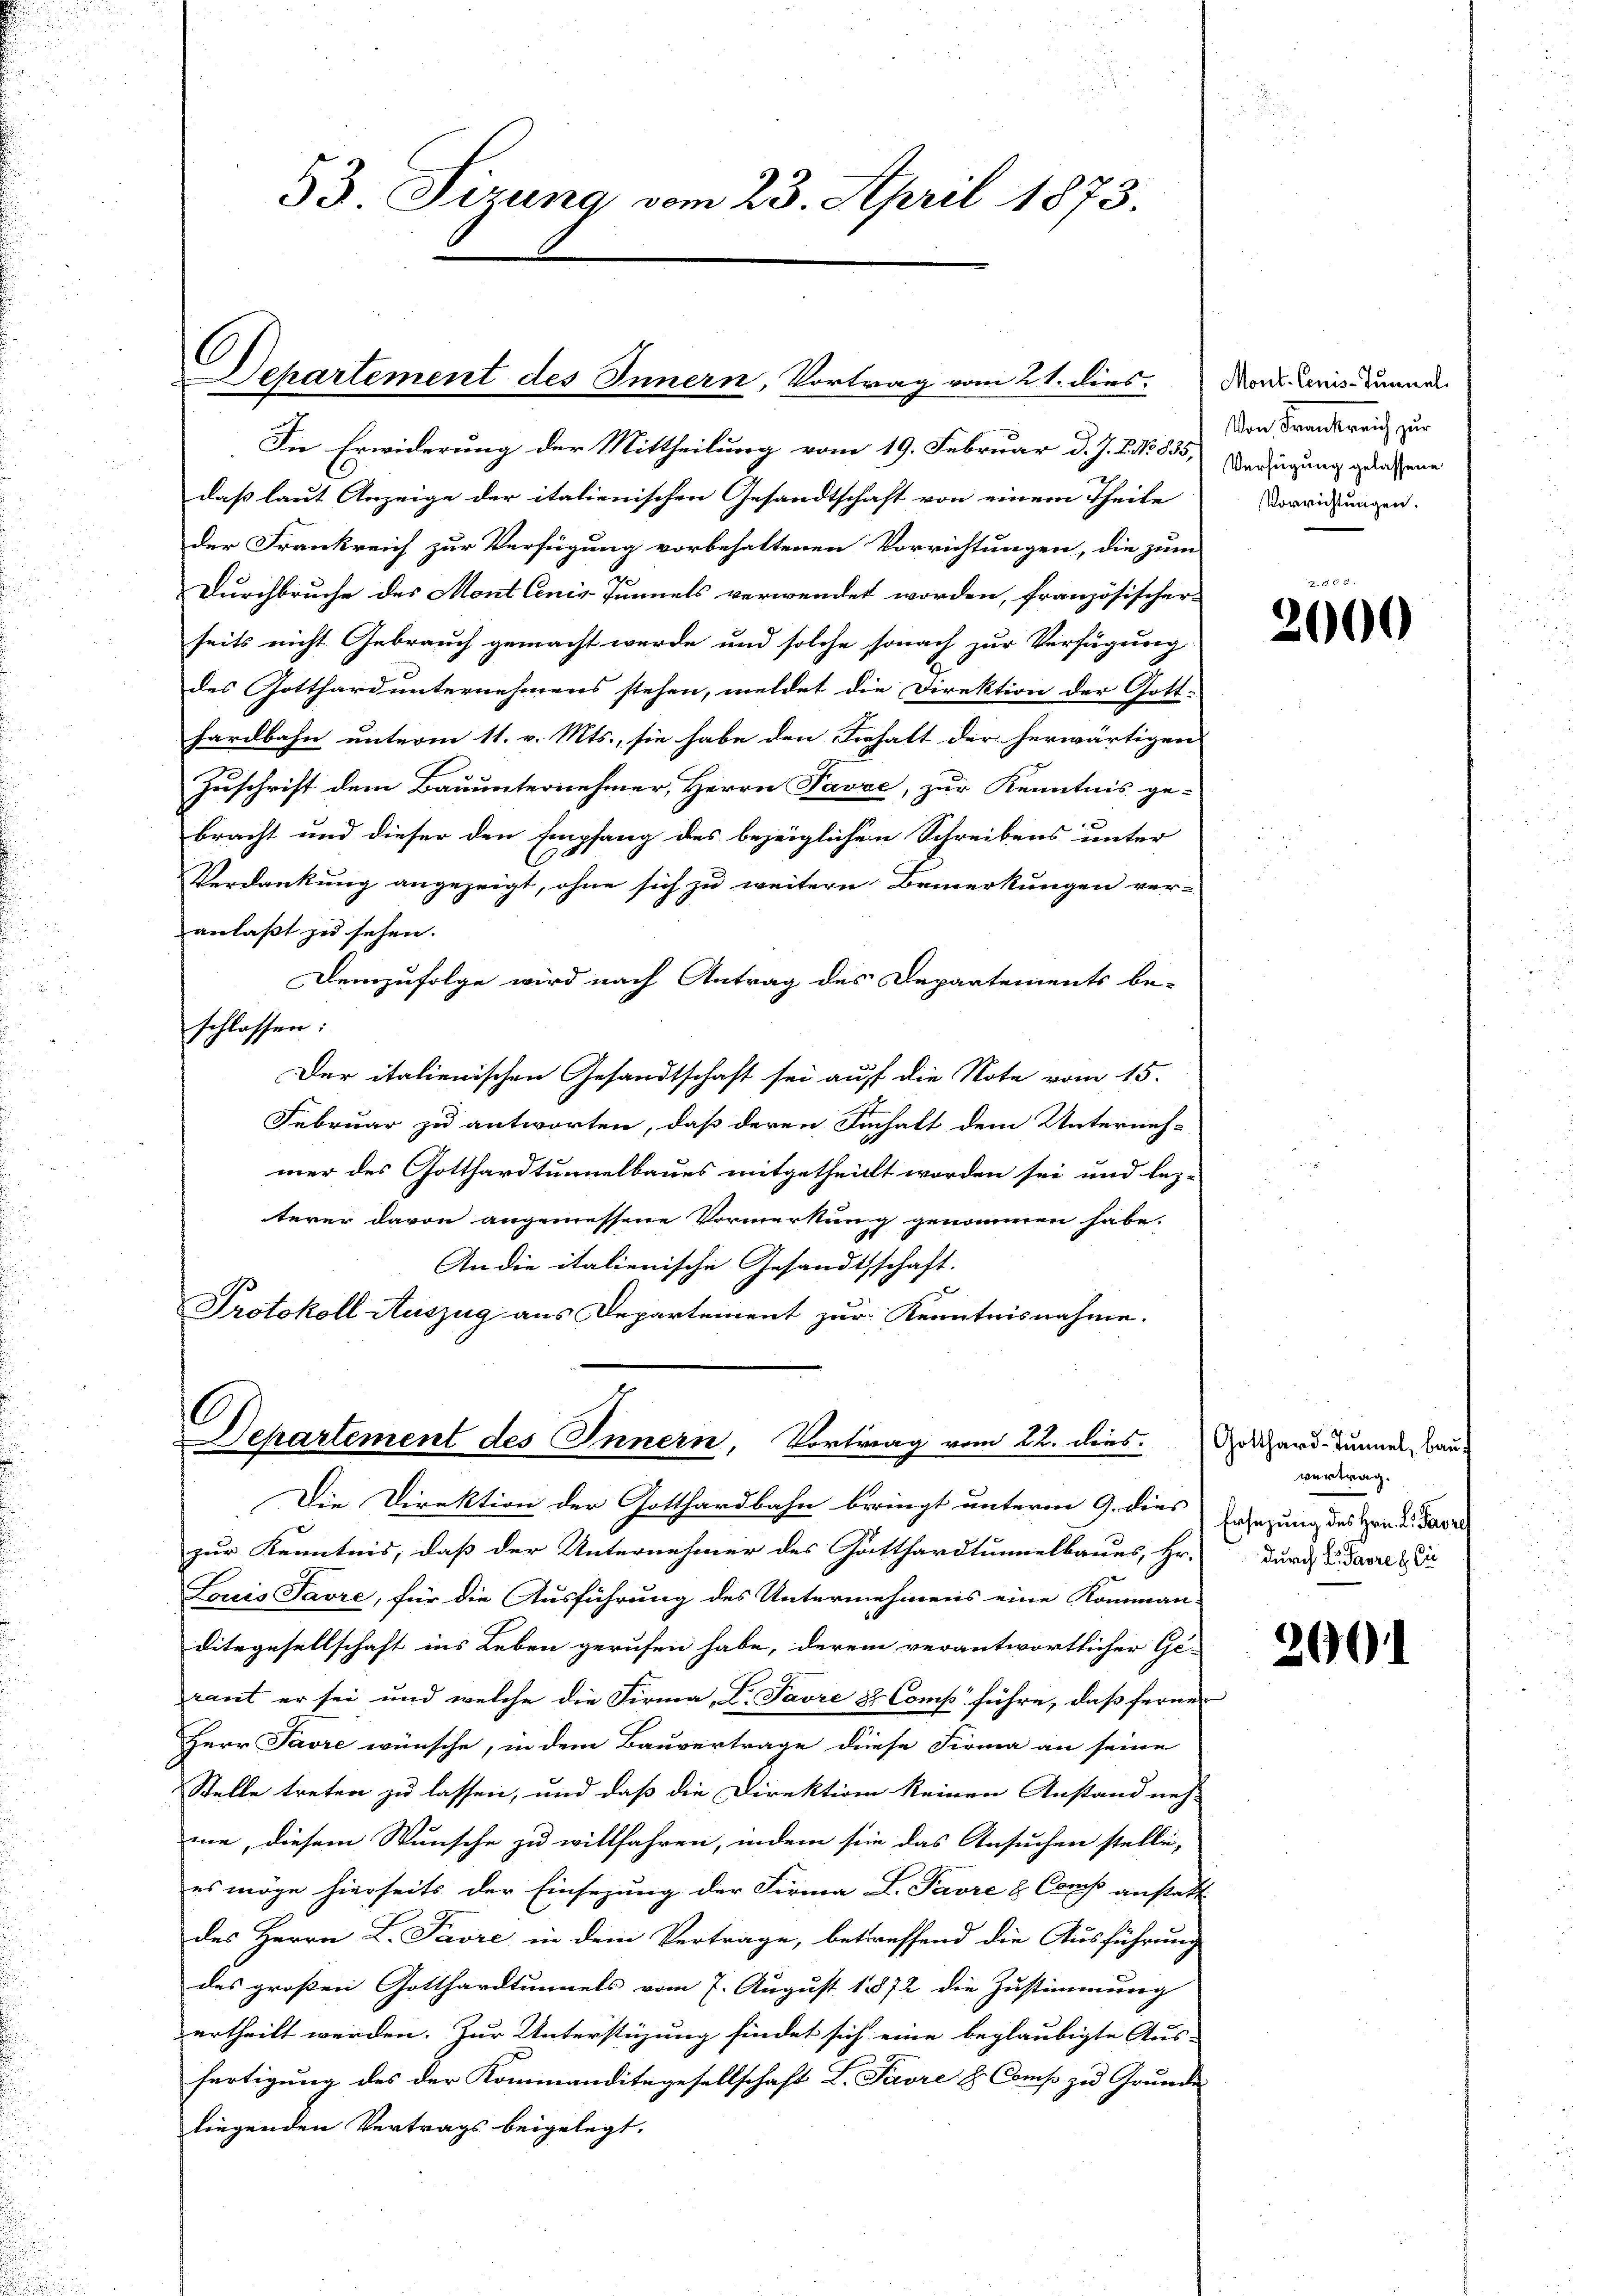
53. Sizung vom 23. April 1873.

Separtement des Innern, Vortrag vom 21. dies Mont renis donnel

In Erwiderung der Mittheilung vom 19. Februar d. J. C. No 835,
daß laut Anzeige der italienischen Gesandtschaft von einem Theile
der Frankreich zur Verfügung vorbehaltenen Vorrichtungen, die zum
Durchbruche des Mont Conis Tunnels verwendet worden, französischer-
seits nicht Gebrauch gemacht werde und solche sonach zur Verfügung
des Gotthard unternehmens stehen, meldet die Direktion der Gott-
hardbahn unterm 11. v. Mts., sie habe den Inhalt der herwärtigen
Zuschrift dem Bauunternehmer, Herrn Favre, zur Kenntnis ge-
bracht und dieser den Empfang des bezeiglichen Schreibens unter
Verdankung angezeigt, ohne sich zu weitern Bemerkungen ver-
anlaßt zu sehen.
Demzufolge wird nach Antrag des Departements be-
schlassen:
Der italienischen Gesandtschaft sei auf die Note vom 15.
Februar zu antworten, daß deren Sinhalt dem Unterneh-
mer des Gotthardtunnelbaues mitgetheilt worden sei und lez-
terer davon angemessene Vormerkung genommen habe.
An die italienische Gesandtschaft.
Protokoll Auszug aus Departement zur Kenntnisnahme.

Dehartement des Innern, Vortrag vom 22. dies

Die Direktion der Gotthardbahn beringt unterm 9. dies Ersezung des Hrn. Par
zur Kenntnis, daß der Unternehmer des Gotthardtunnelbaues, Hr.
Louis Favre, für die Ausführung des Unternehmens eine Komman-
Ditegesellschaft ins Leben gerufen habe, derem verantwortlicher Ge-
rant er sei und welche die Firma, L. Favre & Comp führe, daß fernen
Herr Javre wünsche, in dem Bauvertrage diese Firma an seine
Stelle treten zu lassen, und daß die Direktion keinen Anstand neh-
me, diesem Wunsche zu willfahren, indem sie das Ansuchen stelle,
es möge hierseits der Einsezung der Firma L. Pavre & Conse anstatt
des Herrn L. Pavre in dem Vertrage, betreffend die Ausführung
des großen Gotthardtunnels vom 7. August 1872 die Zustimmung
ertheilt werden. Zur Unterstüzung findet sich eine beglaubigte Aus-
fertigung des der Kommanditegesellschaft L. Favre & Comp zu Grunde
liegenden Vertrags beigelegt.

Von Frankreich zur
Verfügung gelassene
Vorrichtungen.

2000

Gotthard-Tunnel, Bauvertrag.
durch L. Favre & Cie

26